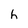
Character: h